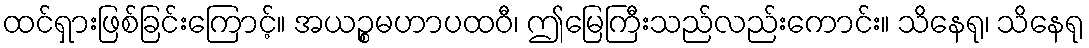
ထင်ရှားဖြစ်ခြင်းကြောင့်။ အယဉ္စမဟာပထဝီ၊ ဤမြေကြီးသည်လည်းကောင်း။ သိနေရု၊ သိနေရု